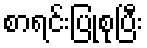
စာရင်းပြုစုပြီး